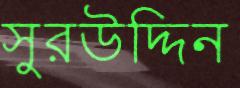
সুরউদ্দিন